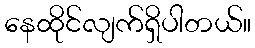
နေထိုင်လျက်ရှိပါတယ်။